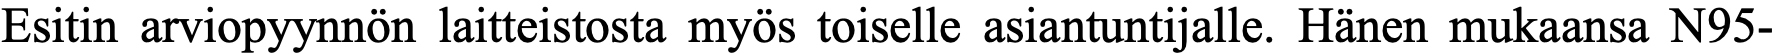
Esitin arviopyynnön laitteistosta myös toiselle asiantuntijalle. Hänen mukaansa N95-